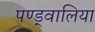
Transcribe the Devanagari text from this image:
पण्ड्वालिया